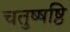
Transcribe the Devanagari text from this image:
चतुष्षष्ठि